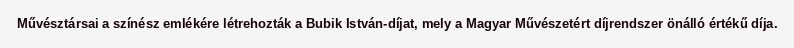
Művésztársai a színész emlékére létrehozták a Bubik István-díjat, mely a Magyar Művészetért díjrendszer önálló értékű díja.